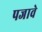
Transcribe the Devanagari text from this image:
पजावे